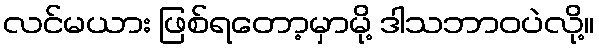
လင်မယား ဖြစ်ရတော့မှာမို့ ဒါသဘာဝပဲလို့။